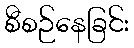
စီစဉ်နေခြင်း